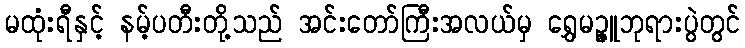
မထုံးရီနှင့် နမ့်ပတီးတို့သည် အင်းတော်ကြီးအလယ်မှ ရွှေမဉ္ဇူဘုရားပွဲတွင်